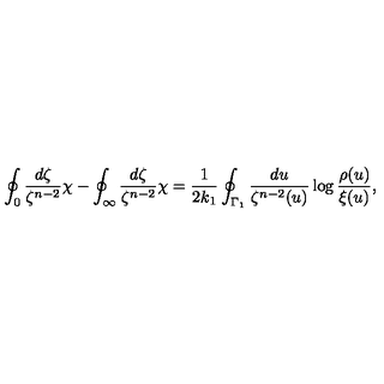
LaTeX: \oint _ { 0 } \frac { d \zeta } { \zeta ^ { n - 2 } } \chi - \oint _ { \infty } \frac { d \zeta } { \zeta ^ { n - 2 } } \chi = \frac { 1 } { 2 k _ { 1 } } \oint _ { \Gamma _ { 1 } } \frac { d u } { \zeta ^ { n - 2 } ( u ) } \log \frac { \rho ( u ) } { \xi ( u ) } ,